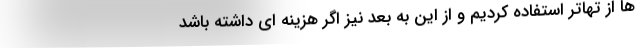
ها از تهاتر استفاده کردیم و از این به بعد نیز اگر هزینه ای داشته باشد